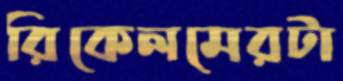
রিকেলমেরটা